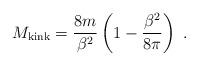
LaTeX: \begin{align*}M_{\rm kink} = {8 m \over \beta^2} \left(1 - {\beta^2 \over 8\pi}\right) \,\, .\end{align*}